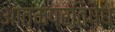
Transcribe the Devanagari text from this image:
आत्मप्रतिषेध